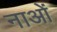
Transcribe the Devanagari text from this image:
नाओं